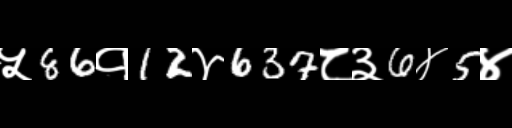
Text: ५86१12४637८३6४5४